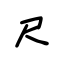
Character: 尺